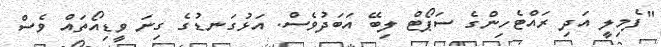
"ފެމިލީ އަދި ރައްޓެހިންގެ ސަޕޯޓް ލިބޭ އަބަދުވެސް. އަޅުގަނޑުގެ ގިނަ ވީޑިއޯތައް ވެސް